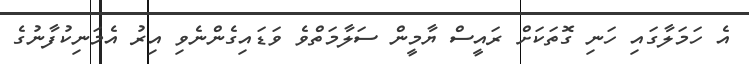
އެ ހަމަލާގައި ހަނި ގޮތަކަށް ރައީސް ޔާމީން ސަލާމަތްވެ ވަޑައިގެންނެވި އިރު އެމަނިކުފާނުގެ